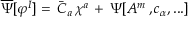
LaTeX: \overline { { \Psi } } [ \varphi ^ { I } ] = \, \bar { C } _ { a } \, \chi ^ { a } \, + \, \Psi [ A ^ { m } \, , c _ { \alpha } , . . . ]